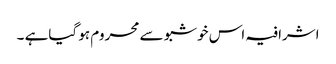
اشرافیہ اس خوشبو سے محروم ہو گیاہے ۔